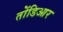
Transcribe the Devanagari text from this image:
तोंडिआर